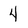
Character: 4